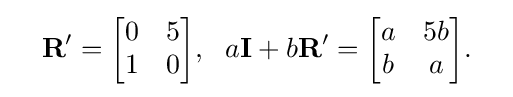
{\begin{aligned}\quad &\mathbf {R} '={\begin{bmatrix}0&5\\1&0\end{bmatrix}},\ \ a\mathbf {I} +b\mathbf {R} '={\begin{bmatrix}a&5b\\b&a\end{bmatrix}}.\end{aligned}}